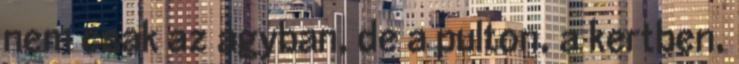
nem csak az ágyban, de a pulton, a kertben,